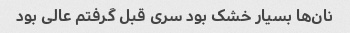
نان‌ها بسیار خشک بود سری قبل گرفتم عالی بود